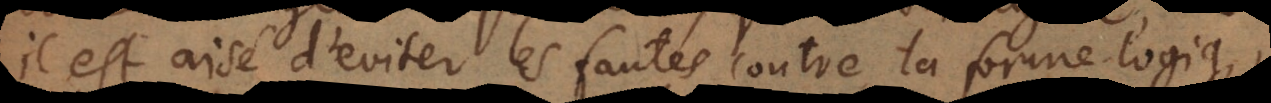
il est aisé d’eviter les fautes contre la forme logiqu